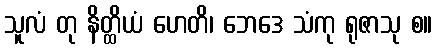
သူလံ တု နိတ္ထိယံ ဟေတိ၊ ဘေဒေ သံကု ရုဇာသု စ။